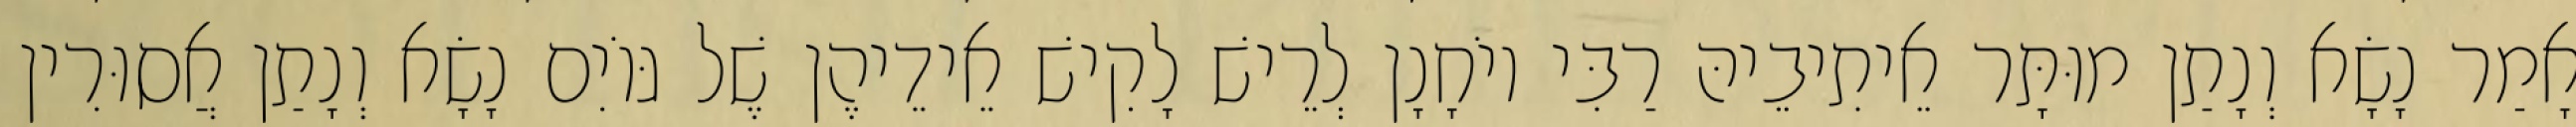
אָמַר נָשָׂא וְנָתַן מוּתָּר אֵיתִיבֵיהּ רַבִּי יוֹחָנָן לְרֵישׁ לָקִישׁ אֵידֵיהֶן שֶׁל גּוֹיִם נָשָׂא וְנָתַן אֲסוּרִין